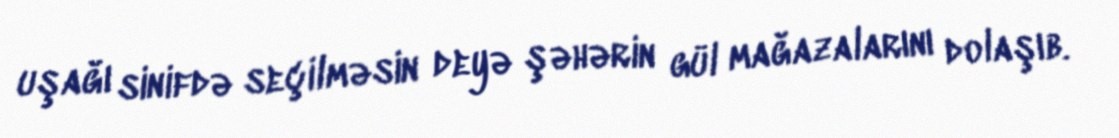
uşağı sinifdə seçilməsin deyə şəhərin gül mağazalarını dolaşıb.